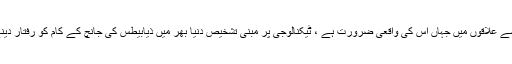
بہت کم قیمت پر اور ایسے علاقوں میں جہاں اس کی واقعی ضرورت ہے ، ٹیکنالوجی پر مبنی تشخیص دنیا بھر میں ذیابیطس کی جانچ کے کام کو رفتار دینے میں بہت کارگر ہے۔